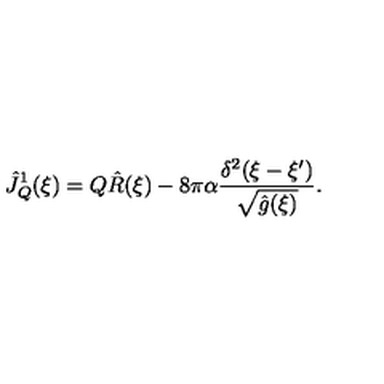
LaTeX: { \hat { J } _ { Q } ^ { 1 } } ( \xi ) = Q { \hat { R } } ( \xi ) - 8 \pi \alpha { \frac { { \delta ^ { 2 } } ( \xi - \xi ^ { \prime } ) } { \sqrt { \hat { g } ( \xi ) } } } .